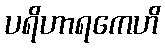
ပရိဟာရကေဟိ